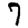
Digit: 7